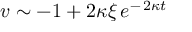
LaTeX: \: v \sim - 1 + 2 \kappa \xi \, e ^ { - \, 2 \kappa t } \: